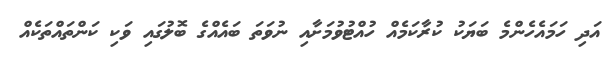
އަދި ހަމައެހެންމެ ބަޔަކު ކުރާކަމެއް ހުއްޓުވުމަށާއި ނުވަތަ ބައެއްގެ ބޮލުގައި ވަކި ކަންތައްތަކެއް